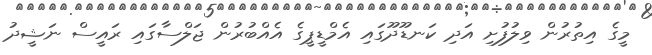
މީގެ އިތުރުން ވިލުފުށި އަދި ކަނޑޫދޫގައި އެމްޑީޕީގެ އެއްބުރުން ޖަލްސާގައި ރައީސް ނަޝީދު